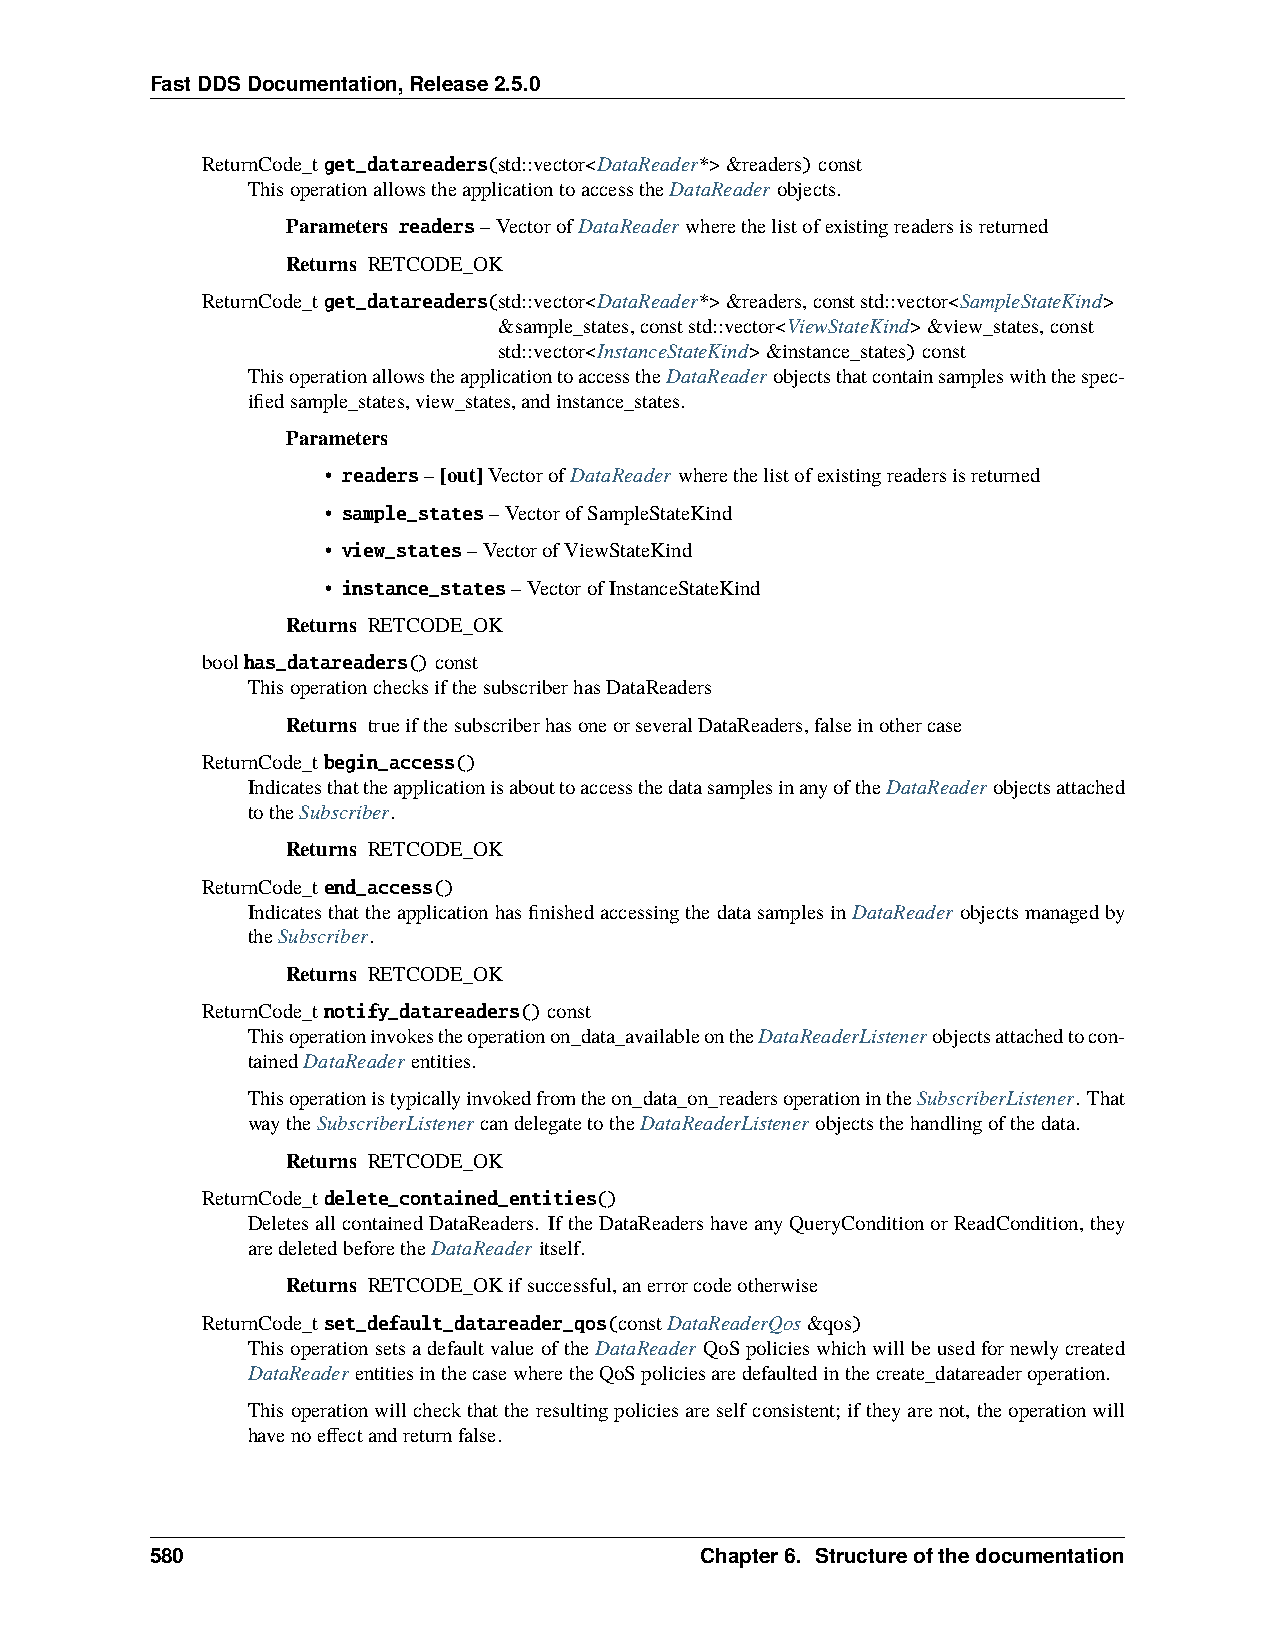
FastDDSDocumentation,Release2.5.0
 ReturnCode_tget_datareaders(std::vector<DataReader*>&readers)const
 ThisoperationallowstheapplicationtoaccesstheDataReaderobjects.
 Parameters readers–VectorofDataReaderwherethelistofexistingreadersisreturned
 Returns RETCODE_OK
 ReturnCode_tget_datareaders(std::vector<DataReader*>&readers,conststd::vector<SampleStateKind>
 &sample_states,conststd::vector<ViewStateKind>&view_states,const
 std::vector<InstanceStateKind>&instance_states)const
 ThisoperationallowstheapplicationtoaccesstheDataReaderobjectsthatcontainsampleswiththespec-
 ifiedsample_states,view_states,andinstance_states.
 Parameters
 • readers–[out]VectorofDataReaderwherethelistofexistingreadersisreturned
 • sample_states–VectorofSampleStateKind
 • view_states–VectorofViewStateKind
 • instance_states–VectorofInstanceStateKind
 Returns RETCODE_OK
 boolhas_datareaders()const
 ThisoperationchecksifthesubscriberhasDataReaders
 Returns trueifthesubscriberhasoneorseveralDataReaders,falseinothercase
 ReturnCode_tbegin_access()
 IndicatesthattheapplicationisabouttoaccessthedatasamplesinanyoftheDataReaderobjectsattached
 totheSubscriber.
 Returns RETCODE_OK
 ReturnCode_tend_access()
 IndicatesthattheapplicationhasfinishedaccessingthedatasamplesinDataReader objectsmanagedby
 theSubscriber.
 Returns RETCODE_OK
 ReturnCode_tnotify_datareaders()const
 Thisoperationinvokestheoperationon_data_availableontheDataReaderListenerobjectsattachedtocon-
 tainedDataReaderentities.
 Thisoperationistypicallyinvokedfromtheon_data_on_readersoperationintheSubscriberListener. That
 waytheSubscriberListenercandelegatetotheDataReaderListenerobjectsthehandlingofthedata.
 Returns RETCODE_OK
 ReturnCode_tdelete_contained_entities()
 DeletesallcontainedDataReaders. IftheDataReadershaveanyQueryConditionorReadCondition,they
 aredeletedbeforetheDataReaderitself.
 Returns RETCODE_OKifsuccessful,anerrorcodeotherwise
 ReturnCode_tset_default_datareader_qos(constDataReaderQos&qos)
 ThisoperationsetsadefaultvalueoftheDataReader QoSpolicieswhichwillbeusedfornewlycreated
 DataReaderentitiesinthecasewheretheQoSpoliciesaredefaultedinthecreate_datareaderoperation.
 Thisoperationwillcheckthattheresultingpoliciesareselfconsistent; iftheyarenot, theoperationwill
 havenoeffectandreturnfalse.
 580                                 Chapter6. Structureofthedocumentation